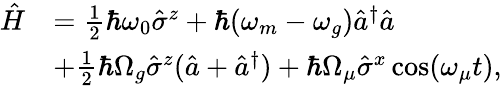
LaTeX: \begin{array}{rl}{\hat{H}}&{=\frac{1}{2}\hbar\omega_{0}\hat{\sigma}^{z}+\hbar(\omega_{m}-\omega_{g})\hat{a}^{\dagger}\hat{a}}\\ &{+\frac{1}{2}\hbar\Omega_{g}\hat{\sigma}^{z}(\hat{a}+\hat{a}^{\dagger})+\hbar\Omega_{\mu}\hat{\sigma}^{x}\cos(\omega_{\mu}t),}\end{array}